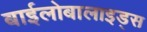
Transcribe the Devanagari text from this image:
बाईलोबालाइड्स